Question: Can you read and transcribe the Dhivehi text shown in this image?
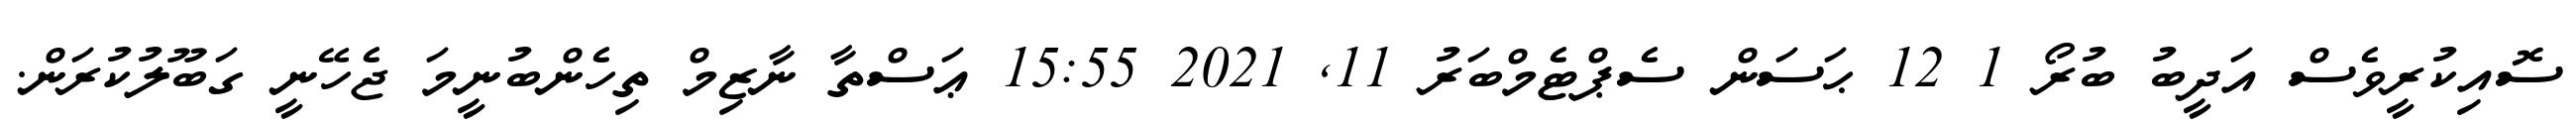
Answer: ސޮއިކުރީވެސް އަދީބު ބުރޯ 1 12 ޙަސަން ސެޕްޓެމްބަރު 11, 2021 15:55 ޢަސްތާ ނާޒިމް ތިހެންބުނީމަ ޖެހޭނީ ގަބޫލުކުރަން.